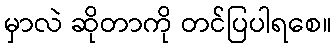
မှာလဲ ဆိုတာကို တင်ပြပါရစေ။